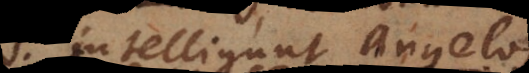
intelligunt Angelos,